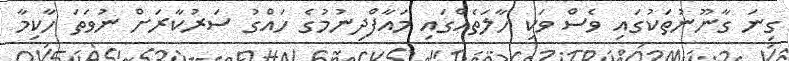
ގިނަ ގާނޫނުތަކުގައި ވެސް ވަކި ހާލަތެއްގައި މައާފްދިނުމުގެ ހައްގު ސަރުކާރަށް ނުވަތަ ހާކިމާ